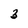
Character: 3